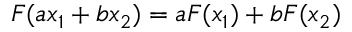
F ( a x _ { 1 } + b x _ { 2 } ) = a F ( x _ { 1 } ) + b F ( x _ { 2 } )